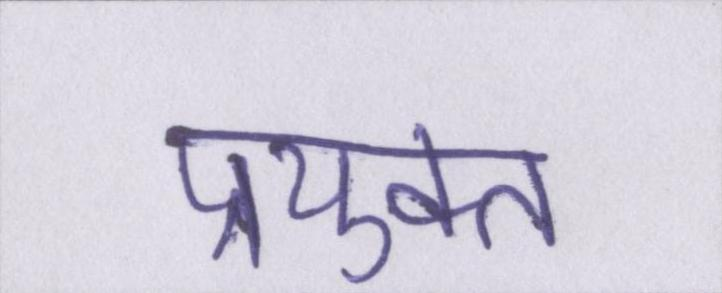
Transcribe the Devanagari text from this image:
प्रयुक्त